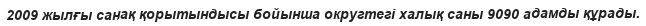
2009 жылғы санақ қорытындысы бойынша округтегі халық саны 9090 адамды құрады.